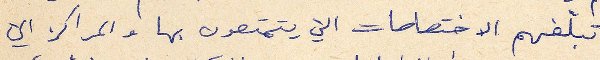
تبلغهم الاختصاصات التي يتمتعون بها والمراكز التي